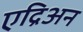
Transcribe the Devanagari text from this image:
एद्रिअन